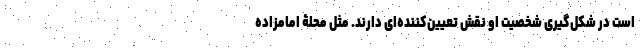
است در شکل‌گیری شخصیت او نقش تعیین‌کننده‌ای دارند. مثل محلۀ امامزاده